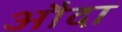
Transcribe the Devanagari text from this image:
औदा